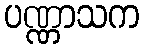
ပဏ္ဏာသက